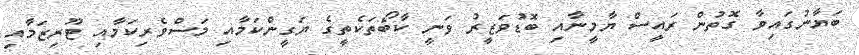
ބަޔާނުގައިވާ ގޮތުން ރައީސް ޔާމީނާއި ބޮޑުވަޒީރު ވަނީ ކާބޯތަކެތީގެ ޔަގީންކަމާއި މަސްވެރިކަމާއި ޓޫރިޒަމާއި